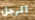
الرجل